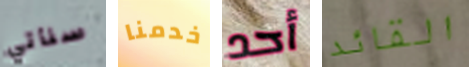
سنأتي خدمنا أحد القائد